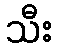
သီး